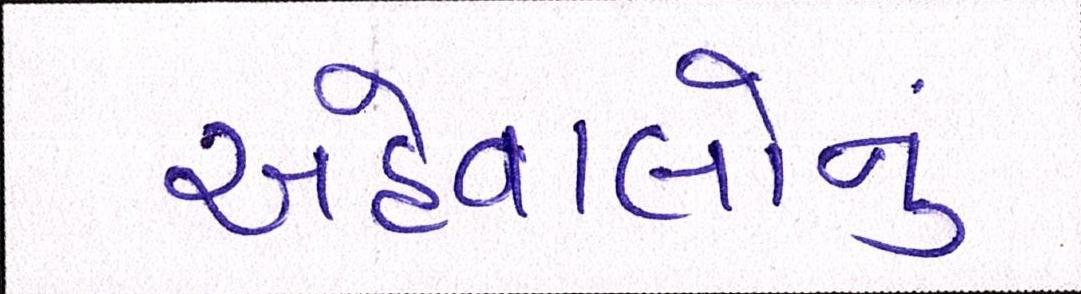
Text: અહેવાલોનું